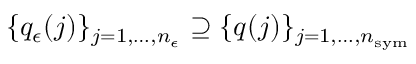
\{ q _ { \epsilon } ( j ) \} _ { j = 1 , \dots , n _ { \epsilon } } \supseteq \{ q ( j ) \} _ { j = 1 , \dots , n _ { \mathrm { s y m } } }